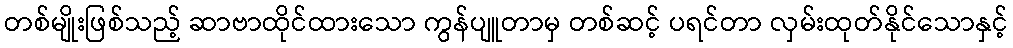
တစ်မျိုးဖြစ်သည့် ဆာဗာထိုင်ထားသော ကွန်ပျူတာမှ တစ်ဆင့် ပရင်တာ လှမ်းထုတ်နိုင်သောနှင့်